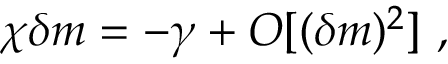
\chi \delta m = - \gamma + O [ ( \delta m ) ^ { 2 } ] \ ,